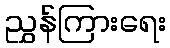
ညွှန်ကြားရေး